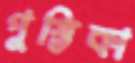
পুস্তিকা